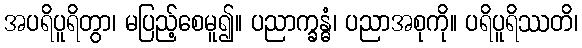
အပရိပူရိတွာ၊ မပြည့်စေမူ၍။ ပညာက္ခန္ဓံ၊ ပညာအစုကို။ ပရိပူရိဿတိ၊